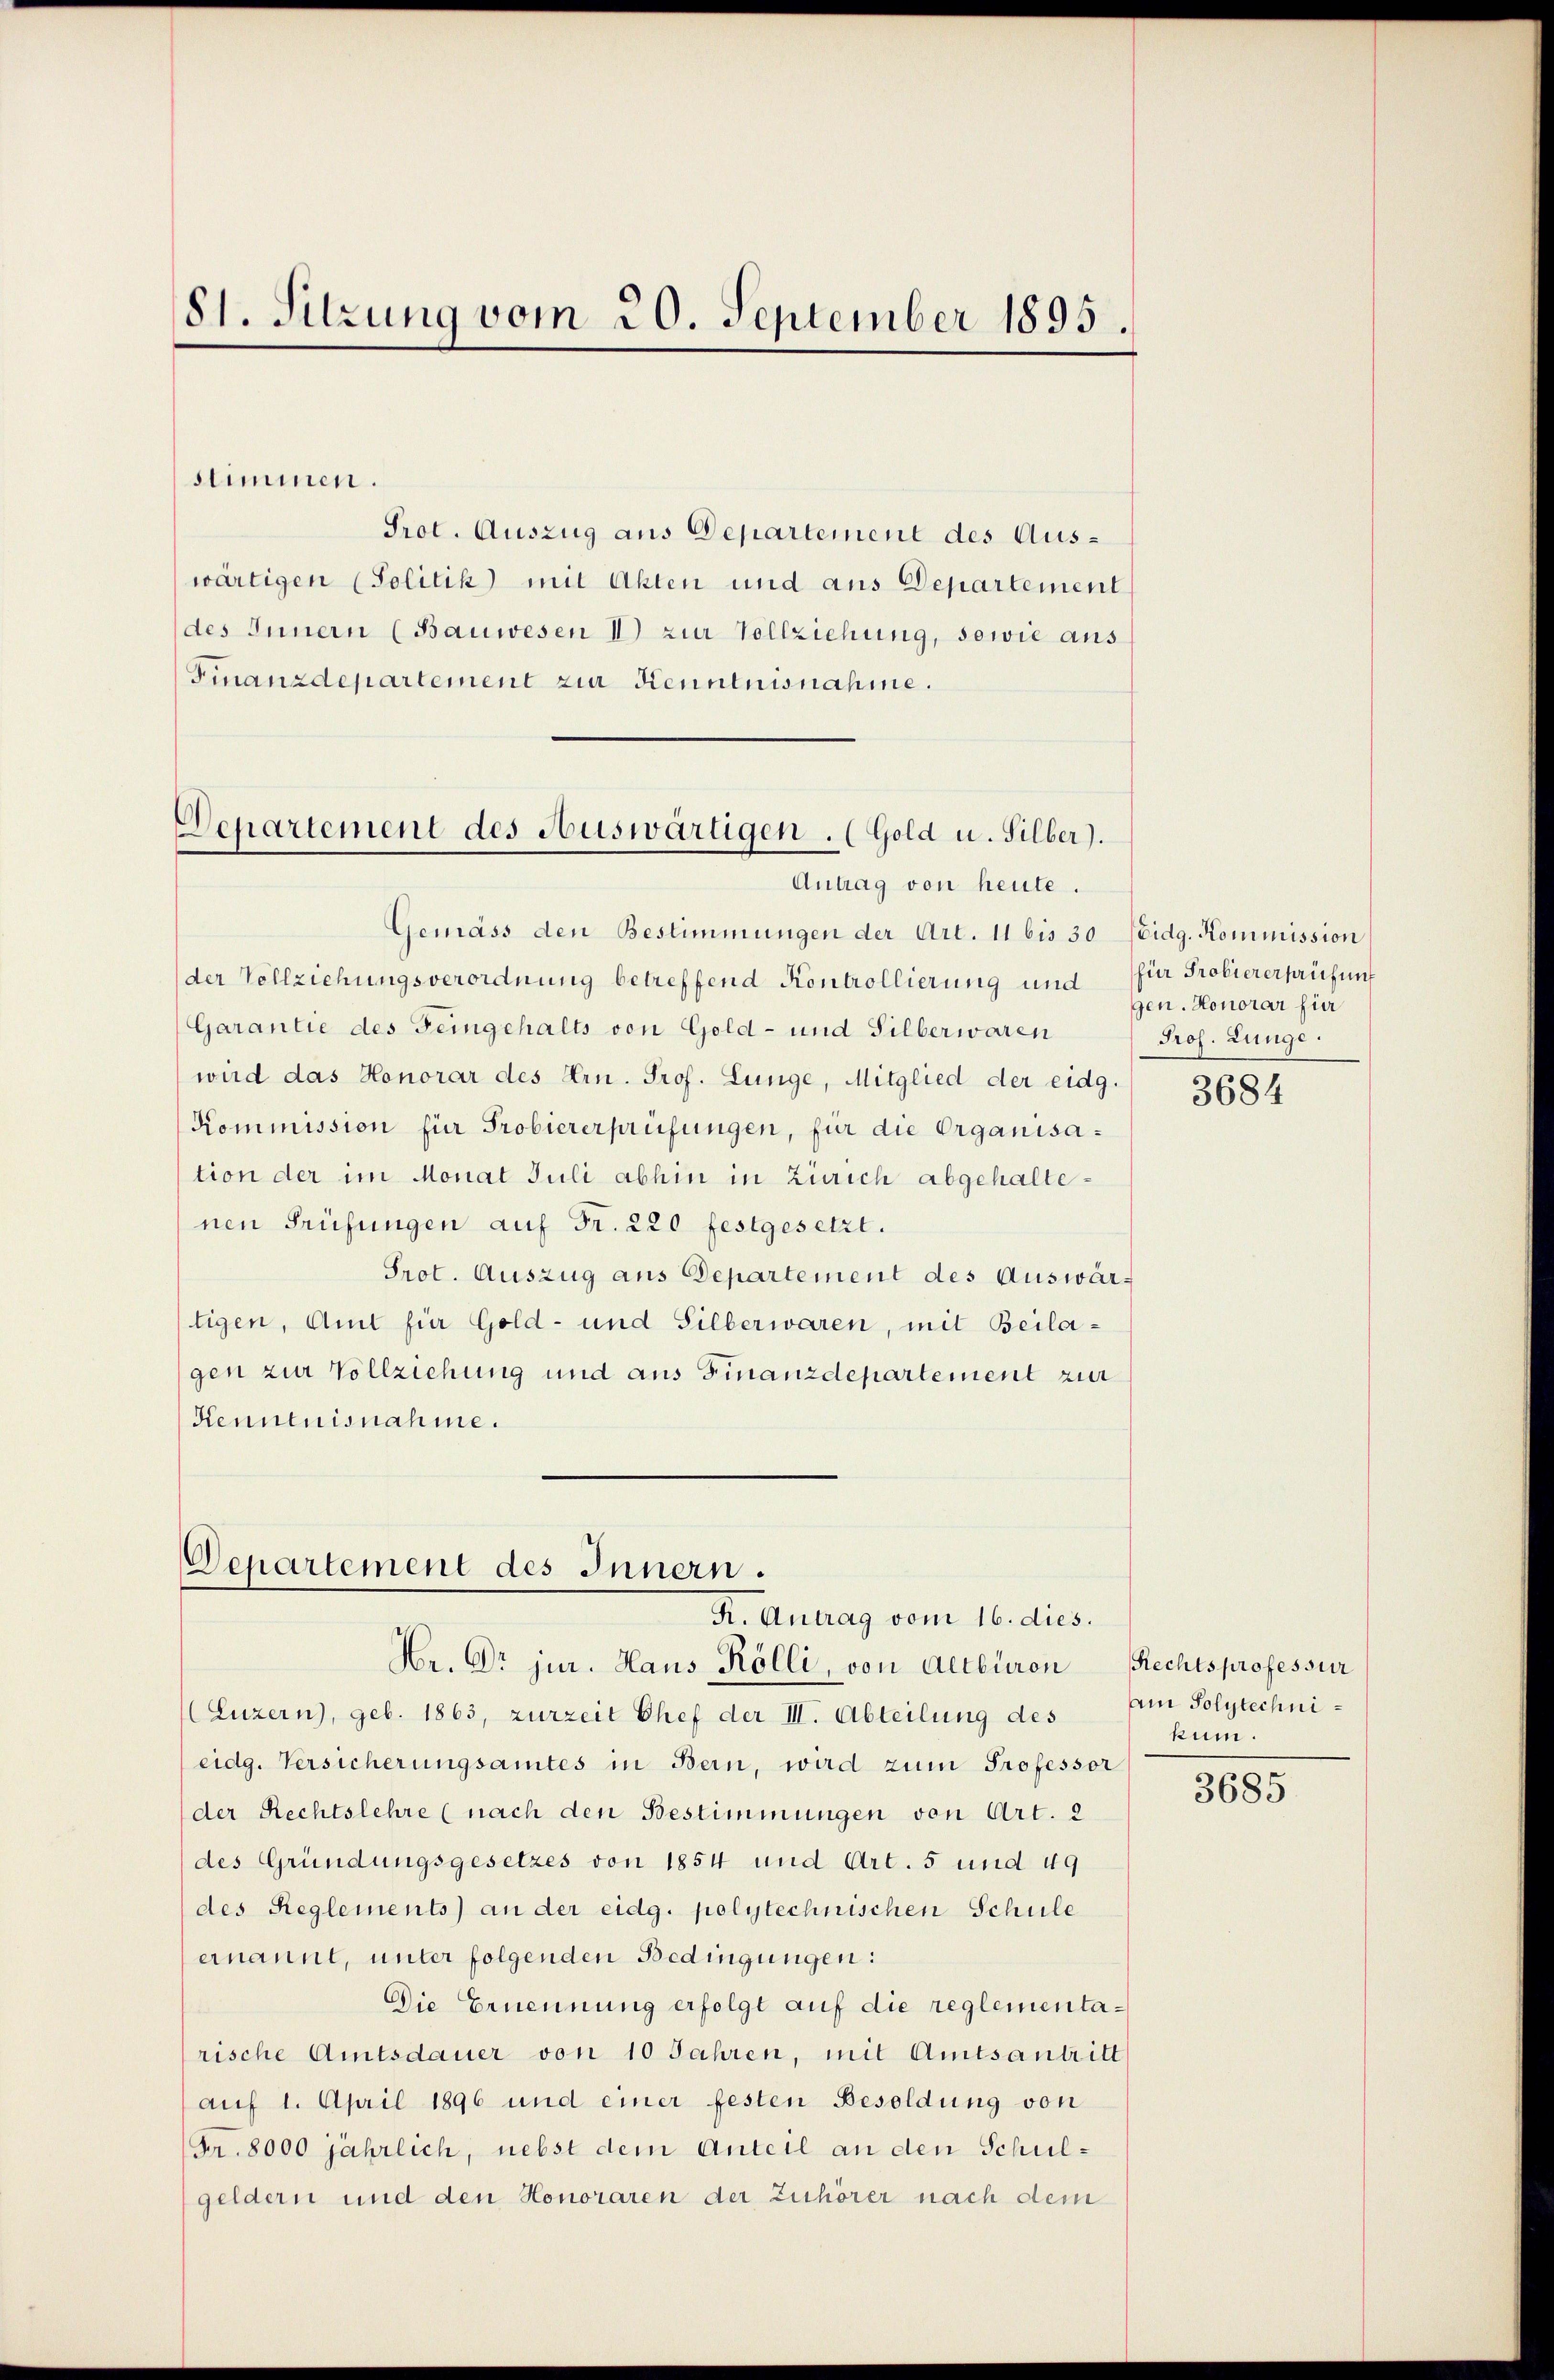
81. Sitzung vom 20. September 1895.

stimmen.
Prot. Auszug aus Departement des Auswärtigen (Politik mit Akten und aus Departement
des Innern (Bauwesen I zur Vollziehung, sowie aus
Finanzdepartement zur Kenntnisnahme.
Gemäss den Bestimmungen der Art. 11 bis 30 Seidg. Kommission
der Vollziehungsverordnung betreffend Kontrollierung und
Garantie des Feingehalts von Gold- und Silberwaren
wird das Honorar des Hrn. Prof. Lunge, Mitglied der eidg.
Kommission für Probiererprüfungen, für die Organisation der im Monat Juli abhin in Zürich abgehaltenen Prüfungen auf Fr. 220 festgesetzt.
Prot. Auszug aus Departement des Auswärtigen, Amt für Gold- und Silberwaren, mit Beilagen zur Vollziehung und aus Finanzdepartement zur
Kenntnisnahme.

Departement des Auswärtigen. (Gold u. Silber).
Antrag von heute.

Departement des Innern.
K. Antrag vom 16. dies.

(Luzern, geb. 1863, zurzeit Chef der III. Abteilung des
eidg. Versicherungsamtes in Bern, wird zum Professor
der Rechtslehre (nach den Bestimmungen von Art. 2
des Gründungsgesetzes von 1854 und Art. 5 und 49
des Reglements) an der eidg. polytechnischen Schule
ernannt, unter folgenden Bedingungen:
Die Ernennung erfolgt auf die reglementarische Amtsdauer von 10 Jahren, mit Amtsantritt
auf 1. April 1896 und einer festen Besoldung von
Fr. 8000 jährlich, nebst dem Anteil an den Schulgeldern und den Honoraren der Zuhörer nach dem

Hr. Dr jur. Haus Kölli, von Altburen Rechtsprofessur

für Probiererprüfung
gen. Honorar fin
Prof. Lunge

3684

Am Polytechnikum.

3685